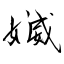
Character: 媙